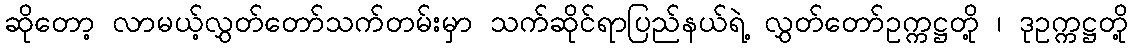
ဆိုတော့ လာမယ့်လွှတ်တော်သက်တမ်းမှာ သက်ဆိုင်ရာပြည်နယ်ရဲ့ လွှတ်တော်ဥက္ကဋ္ဌတို့ ၊ ဒုဥက္ကဋ္ဌတို့